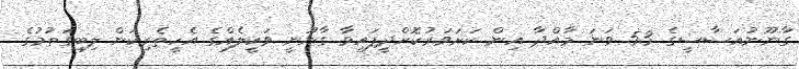
ގާނޫނުއަސާސީގެ 53 ވަނަ މާއްދާ އިން ކަށަވަރުކޮށްދީފައިވާ ގާނޫނީ ވަކީލެއްގެ އެހީތެރިކަން ލިބިގަތުމުގެ